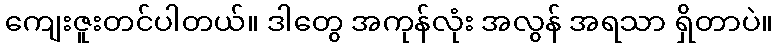
ကျေးဇူးတင်ပါတယ်။ ဒါတွေ အကုန်လုံး အလွန် အရသာ ရှိတာပဲ။